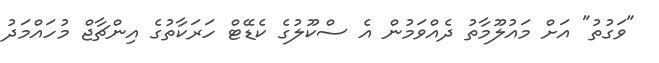
"ވަގުތު" އަށް މައުލޫމާތު ދެއްވަމުން އެ ސްކޫލުގެ ކެޑޭޓް ހަރަކާތުގެ އިންޗާޖް މުހައްމަދު